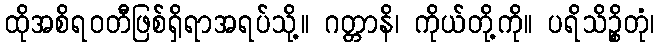
ထိုအစိရဝတီဖြစ်ရှိရာအရပ်သို့။ ဂတ္တာနိ၊ ကိုယ်တို့ကို။ ပရိသိဉ္စိတုံ၊